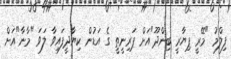
ފިލްމު "މޭރީ ޕިޔާރީ ބިންދޫ"އަށް ޕަރިނީތީ ގެ އަޑުން ކިޔާދީފައިވާ ލަވަ "މާނާ"އަށް